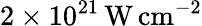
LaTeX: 2\times 10^{21}\, \mathrm{W\, cm^{-2}}